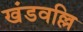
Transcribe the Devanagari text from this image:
खंडवल्लि